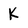
Character: K